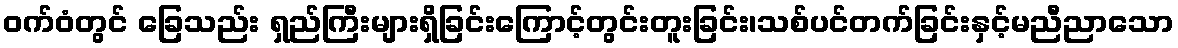
ဝက်ဝံတွင် ခြေသည်း ရှည်ကြီးများရှိခြင်းကြောင့်တွင်းတူးခြင်း၊သစ်ပင်တက်ခြင်းနှင့်မညီညာသော